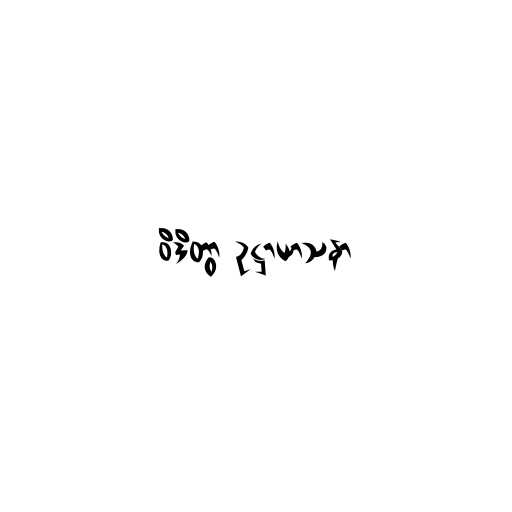
ဝိဒိတွာ ဥဋ္ဌာယာသနာ